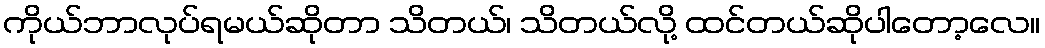
ကိုယ်ဘာလုပ်ရမယ်ဆိုတာ သိတယ်၊ သိတယ်လို့ ထင်တယ်ဆိုပါတော့လေ။